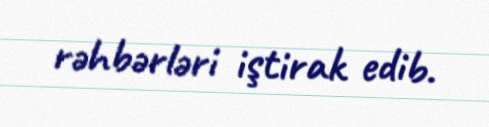
rəhbərləri iştirak edib.